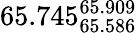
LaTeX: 65.745_{65.586}^{65.909}